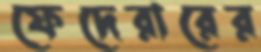
ফেদেরারের